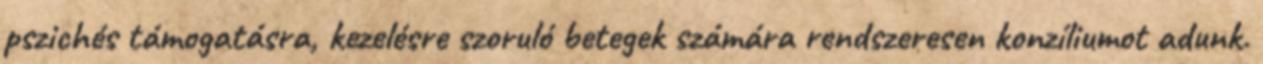
pszichés támogatásra, kezelésre szoruló betegek számára rendszeresen konzíliumot adunk.